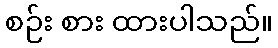
စဉ်း စား ထားပါသည်။